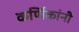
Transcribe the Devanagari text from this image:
कर्णिकांनी